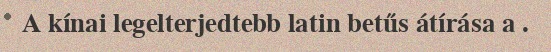
A kínai legelterjedtebb latin betűs átírása a .